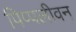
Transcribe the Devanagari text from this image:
पिप्पलीवन